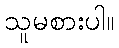
သူမစားပါ။